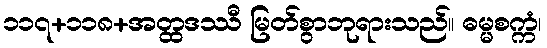
၁၁၇+၁၁၈+အတ္ထဒဿီ မြတ်စွာဘုရားသည်။ ဓမ္မစက္ကံ၊